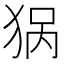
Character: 𰡏